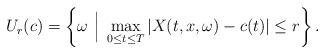
LaTeX: \begin{align*} U_{r}(c)=\left\{\omega~\Big |~\max_{0\le t\le T}|X(t,x,\omega)-c(t)|\le r\right\}.\end{align*}